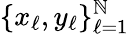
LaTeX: \{ x_{\ell},y_{\ell}\} _{\ell=1}^{\mathbb{N}}